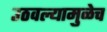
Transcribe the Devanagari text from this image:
उठवल्यामुळेच